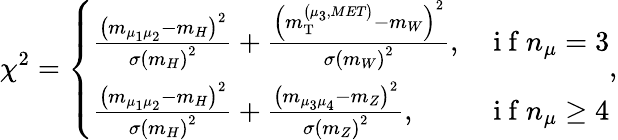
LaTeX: \chi^{2}=\left\{ \begin{array}{ll}{\frac{\left(m_{\mu_{1}\mu_{2}}-m_{H}\right)^{2}}{\sigma\left(m_{H}\right)^{2}}+\frac{\left(m_{\mathrm{T}}^{\left(\mu_{3},MET\right)}-m_{W}\right)^{2}}{\sigma\left(m_{W}\right)^{2}},}&{\mathrm{~i~f~}n_{\mu}=3}\\ {\frac{\left(m_{\mu_{1}\mu_{2}}-m_{H}\right)^{2}}{\sigma\left(m_{H}\right)^{2}}+\frac{\left(m_{\mu_{3}\mu_{4}}-m_{Z}\right)^{2}}{\sigma\left(m_{Z}\right)^{2}},}&{\mathrm{~i~f~}n_{\mu}\geq 4}\end{array}\right.,